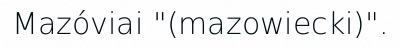
Mazóviai "(mazowiecki)".